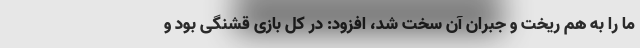
ما را به هم ریخت و جبران آن سخت شد، افزود: در کل بازی قشنگی بود و